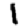
Digit: 1